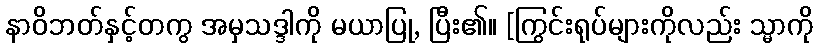
နာဝိဘတ်နှင့်တကွ အမှသဒ္ဒါကို မယာပြု, ပြီး၏။ [ကြွင်းရုပ်များကိုလည်း သ္မာကို